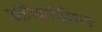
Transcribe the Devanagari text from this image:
ऑफस्प्रिंग